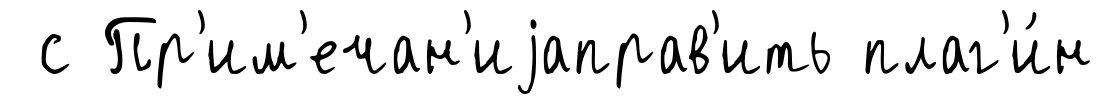
с Пр'им'ечан'иjаправ'ить плаг'и́н